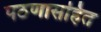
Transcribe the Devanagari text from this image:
पठणासहित